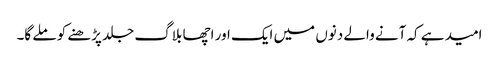
امید ہے کہ آنے والے دنوں میں ایک اور اچھا بلاگ جلد پڑھنے کو ملے گا۔